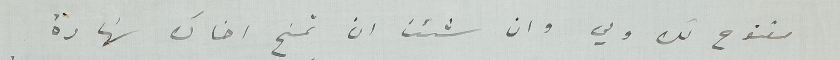
مفتوح لك ولي وان شئت ان تمنح اخاك شهادة